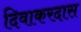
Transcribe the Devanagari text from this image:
दिवाकरदास